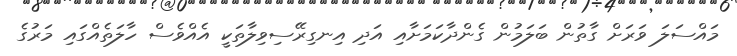
މައްސަލަ ވަރަށް ގާތުން ބަލަމުން ގެންދާކަމަށާއި އަދި އިނގިރޭސިވިލާތަކީ އެއްވެސް ހާލަތެއްގައި މަރުގެ